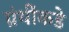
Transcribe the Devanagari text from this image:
ग्रंथींकडे